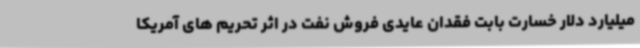
میلیارد دلار خسارت بابت فقدان عایدی فروش نفت در اثر تحریم های آمریکا